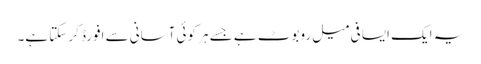
یہ ایک ایسا فی میل روبوٹ ہے جسے ہر کوئی آسانی سے افورڈ کر سکتا ہے۔